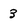
Character: 3